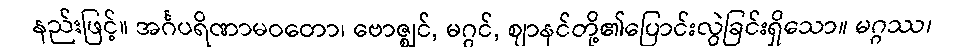
နည်းဖြင့်။ အင်္ဂပရိဏာမဝတော၊ ဗောဇ္ဈင်, မဂ္ဂင်, ဈာနင်တို့၏ပြောင်းလွဲခြင်းရှိသော။ မဂ္ဂဿ၊